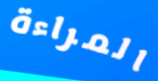
المراءة